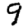
Digit: 9